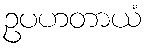
ဥပဟတာယံ